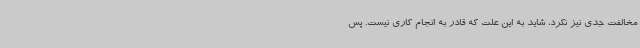
مخالفت جدی نیز نکرد، شاید به این علت که قادر به انجام کاری نیست. پس